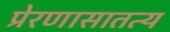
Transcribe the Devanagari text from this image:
प्रेरणासातत्य